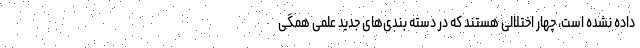
داده نشده است، چهار اختلالی هستند که در دسته بندی‌های جدید علمی همگی